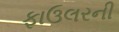
ફાઉલરની